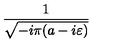
\frac { 1 } { \sqrt { - i \pi ( a - i \varepsilon ) } }